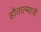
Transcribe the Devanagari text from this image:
हौतात्म्याची